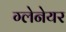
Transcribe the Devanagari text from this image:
ग्लेनेयर